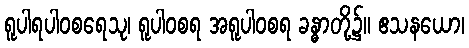
ရူပါရပါဝစရေသု၊ ရူပါဝစရ အရူပါဝစရ ခန္ဓာတို့၌။ ဧသနယော၊